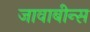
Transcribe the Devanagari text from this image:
जावाबीन्स